Civil Veterinary Dept. Bombay admin report 1923-31 - 1923-1931
Year: 1923
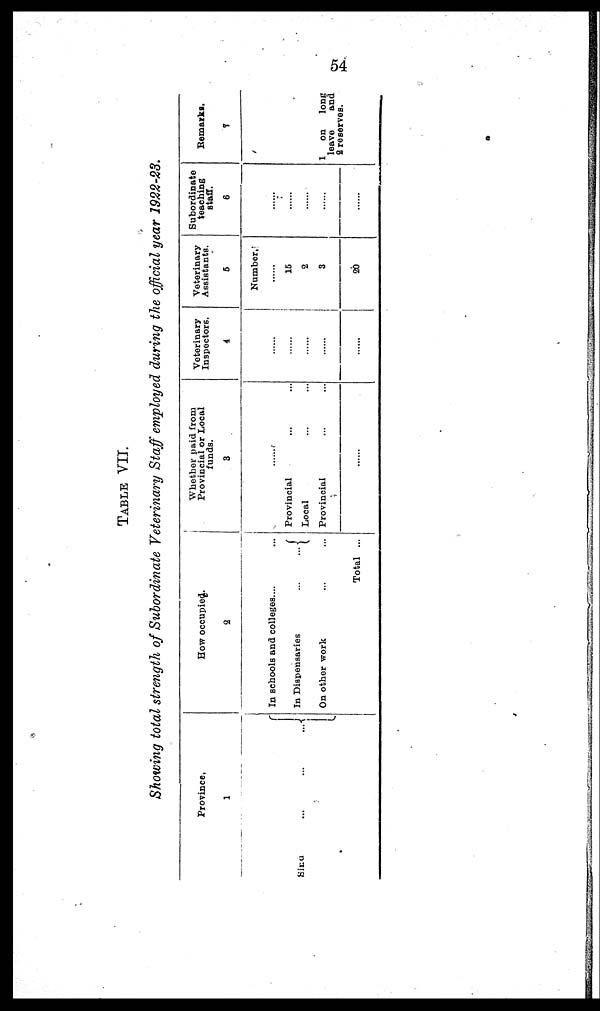
54
TABLE
VII.
Showing total strength of Subordinate Veterinary Staff employed during the official year 1922-23.
Province.
1
Sind ... ... ...
How occupied.
2
In schools and colleges. ... ...
In Dispensaries
...
...
On other work ... ...
Total ...
Whether paid from
Provincial or Local
funds.
3
......
Provincial ... ...
Local ... ...
Provincial ... ...
......
Veterinary
Inspectors.
4
......
......
......
.....
......
Veterinary
Assistants.
5
Number.
......
15
2
3
20
Subordinate
teaching
staff.
6
.....
......
......
......
......
Remarks.
7
1 on long
leave
and
2 reserves.